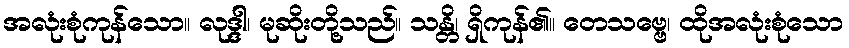
အလုံးစုံကုန်သော။ လုဒ္ဒါ၊ မုဆိုးတို့သည်။ သန္တိ၊ ရှိကုန်၏။ တေသဗ္ဗေ၊ ထိုအလုံးစုံသော